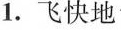
1.飞快地 2.伤心地